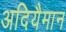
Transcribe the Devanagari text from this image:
अदियैमान